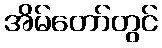
အိမ်တော်တွင်